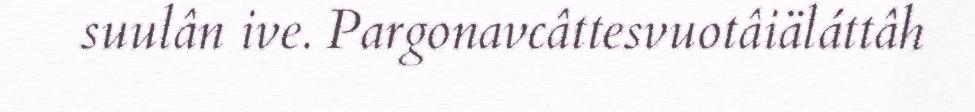
suulân ive. Pargonavcâttesvuotâiäláttâh